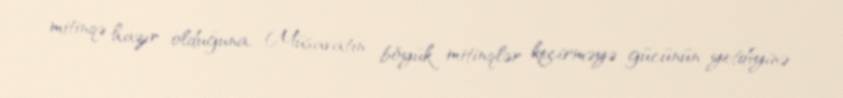
mitinqə hazır olduğuna, Müsavatın böyük mitinqlər keçirməyə gücünün yetdiyinə